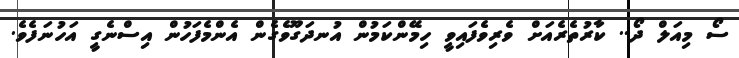
ސޯ މިއަލް ދޯ.. ކާރުތެރެއަށް ވެރިވެފައިވީ ހިމޭންކަމުން އުނދަގޫވެގެން އެންމެފަހުން އިސްނެގީ އަހުނަފެވެ.